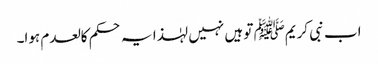
اب نبی کریمﷺ تو ہیں نہیں لہٰذا یہ حکم کالعدم ہوا۔